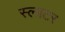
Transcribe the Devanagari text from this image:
स्‍लाटर